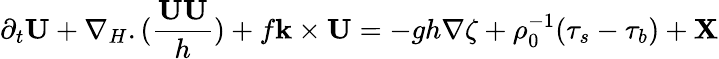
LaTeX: \partial_{t}\mathbf{U}+\nabla_{H}.(\frac{\mathbf{UU}}{h})+f\mathbf{k}\times\mathbf{U}=-gh\nabla\zeta+\rho_{0}^{-1}(\mathbf{\tau}_{s}-\mathbf{\tau}_{b})+\mathbf{X}